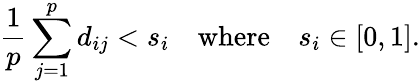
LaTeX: \frac{1}{p}\sum_{j=1}^{p}d_{ij}<s_{i}\quad\textrm{where}\quad s_{i}\in[0,1].